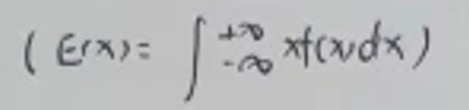
$(E(x))=\int_{-\infty}^{+\infty}xf(x)dx$